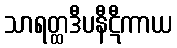
သာရတ္ထဒီပနီဋီကာယ